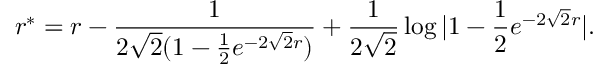
r ^ { * } = r - { \frac { 1 } { 2 \sqrt 2 ( 1 - { \frac { 1 } { 2 } } e ^ { - 2 \sqrt 2 r } ) } } + { \frac { 1 } { 2 \sqrt 2 } } \log | 1 - { \frac { 1 } { 2 } } e ^ { - 2 \sqrt 2 r } | .